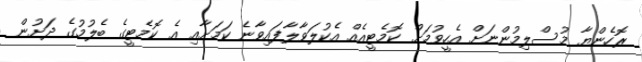
ރޮހެންޔާ މުސްލިމުންނަށް އެހީވުމަށް ކޮމެޓީއެއް އެކުލަވާލާފައިވާނެ ކަމަށާއި އެ ކޮމެޓީގެ ބެލުމުގެ ދަށުން